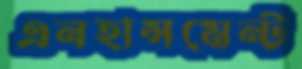
এনহান্সমেন্ট